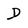
Character: D